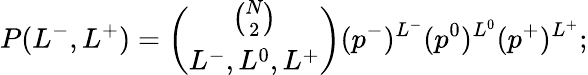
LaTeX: P(L^{-},L^{+})=\binom{\binom{N}{2}}{L^{-},L^{0},L^{+}}(p^{-})^{L^{-}}(p^{0})^{L^{0}}(p^{+})^{L^{+}};